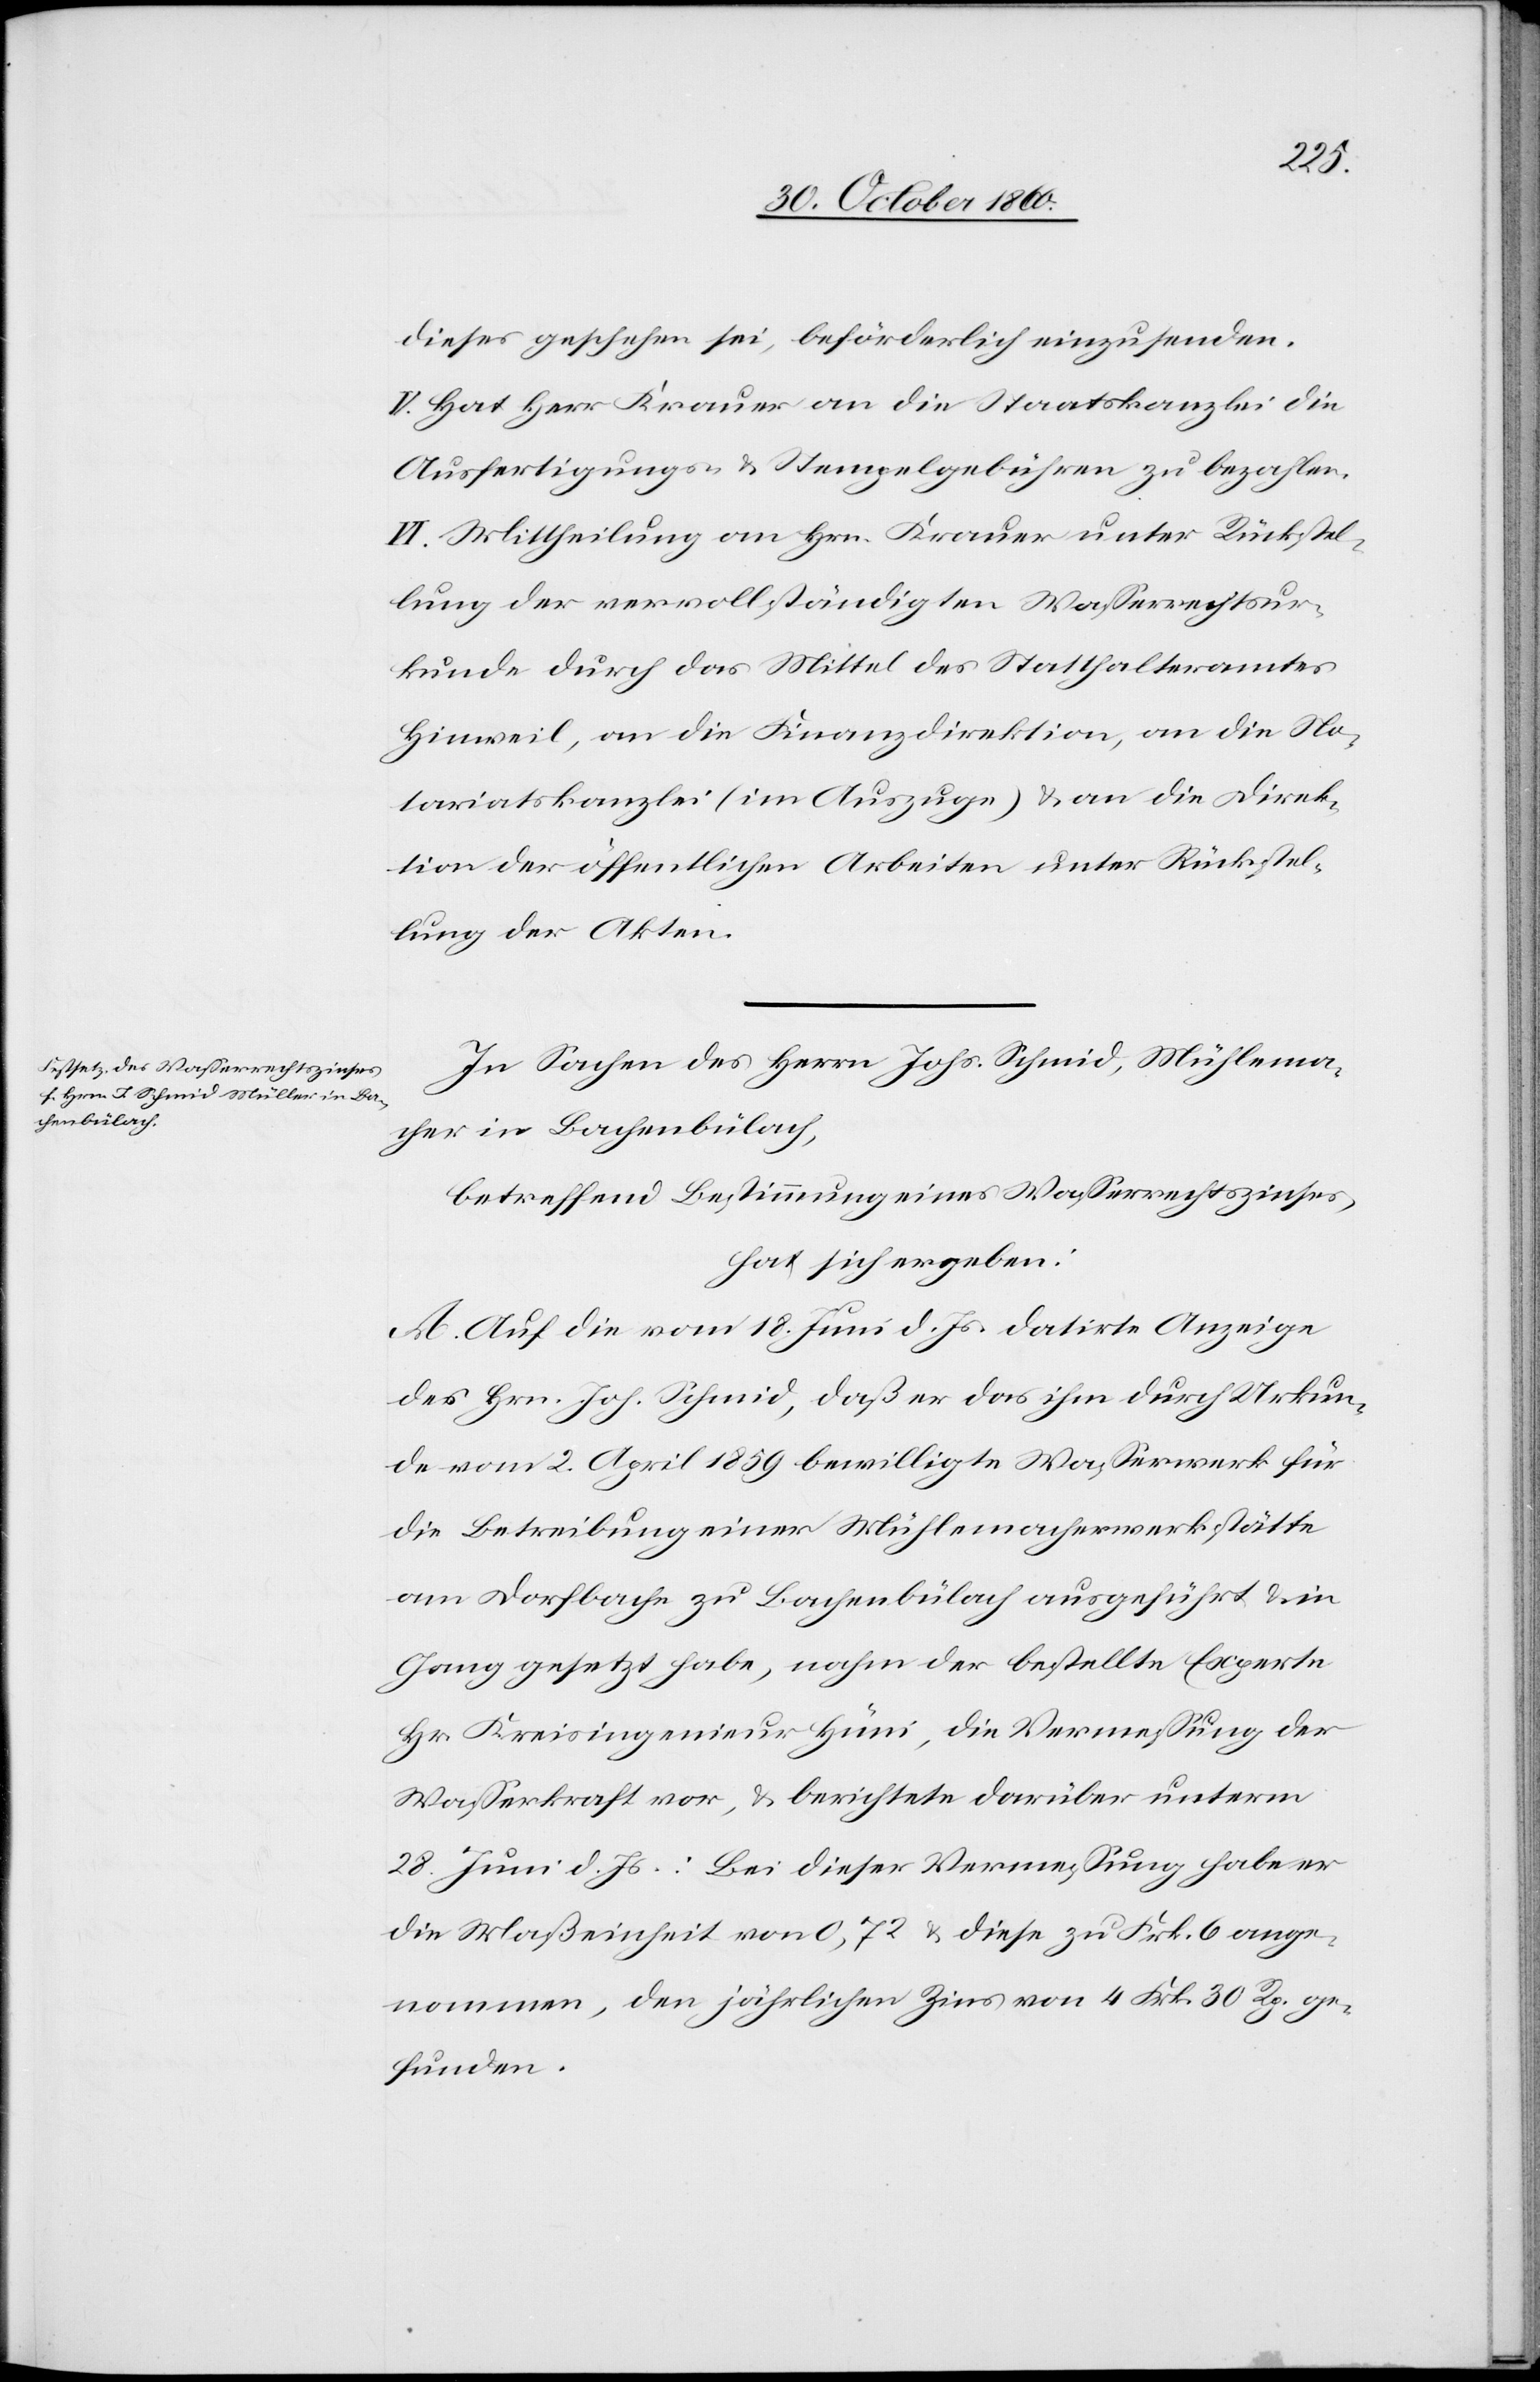
dieses geschehen sei, beförderlich einzusenden.
V. Hat Herr Krauer an die Staatskanzlei die
Ausfertigungs- u. Stempelgebühren zu bezahlen.
VI. Mittheilung an Hrn. Krauer unter Rückstel¬
lung der vervollständigten Wasserrechtsur¬
kunde durch das Mittel des Statthalteramtes
Hinweil, an die Finanzdirektion, an die No¬
tariatskanzlei (im Auszuge) u. an die Direk¬
tion der öffentlichen Arbeiten unter Rückstel¬
lung der Akten.
In Sachen des Herrn Johs. Schmid, Mühlema¬
cher in Bachenbülach,
betreffend Bestimmung eines Wasserrechtszinses,
hat sich ergeben:
A. Auf die vom 18. Juni d. Js. datirte Anzeige
des Herrn Joh. Schmid, daß er das ihm durch Urkun¬
de vom 2. April 1859 bewilligte Wasserwerk für
die Betreibung einer Mühlemacherwerkstätte
am Dorfbache zu Bachenbülach ausgeführt u. in
Gang gesetzt habe, nahm der bestellte Experte
Hr. Kreisingenieur Hüni, die Vermessung der
Wasserkraft vor, u. berichtete darüber unterm
28. Juni d. Js.: Bei dieser Vermessung habe er
die Maßeinheit von 0,75 u. diese zu Frk. 6 ange¬
nommen, den jährlichen Zins von 4 Frk. 30 Rp. ge¬
funden.